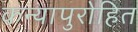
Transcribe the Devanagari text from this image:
कन्यापुरोहित